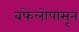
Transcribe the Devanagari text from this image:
बफेलोपासून